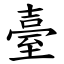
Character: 臺